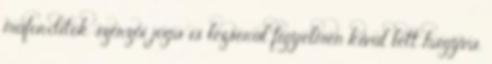
műfordítók szerzői joga is lezserül figyelmen kívül lett hagyva.